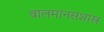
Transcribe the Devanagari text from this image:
बालमानसशास्त्र